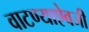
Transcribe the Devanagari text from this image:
वाटण्याऐवजी